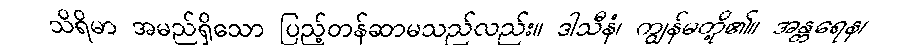
သိရိမာ အမည်ရှိသော ပြည့်တန်ဆာမသည်လည်း။ ဒါသီနံ၊ ကျွန်မတို့၏။ အန္တရေန၊